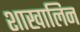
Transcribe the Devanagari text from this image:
शाखालिन